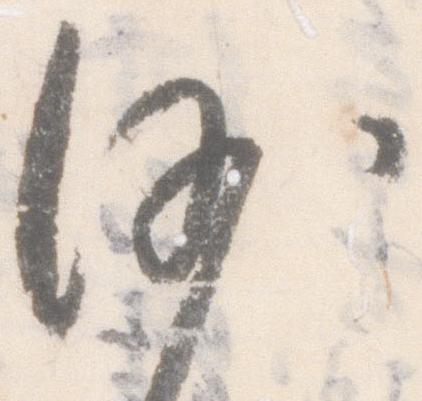
沙